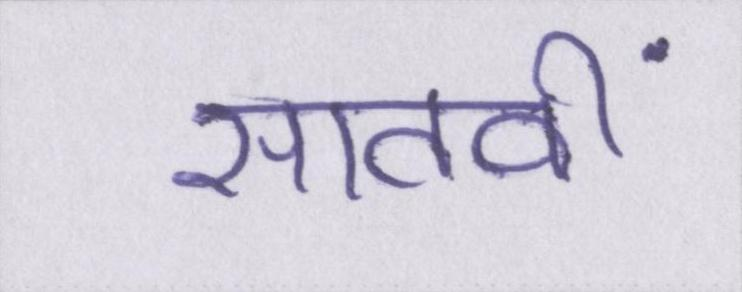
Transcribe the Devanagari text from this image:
सातवीं